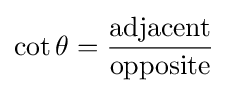
\cot \theta ={\frac {\mathrm {adjacent} }{\mathrm {opposite} }}